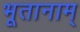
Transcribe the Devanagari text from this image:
भूतानाम्